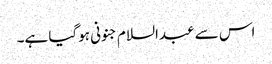
اس سے عبدالسلام جنونی ہوگیا ہے۔